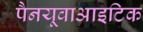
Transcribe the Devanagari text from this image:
पैनयूवाआइटिक